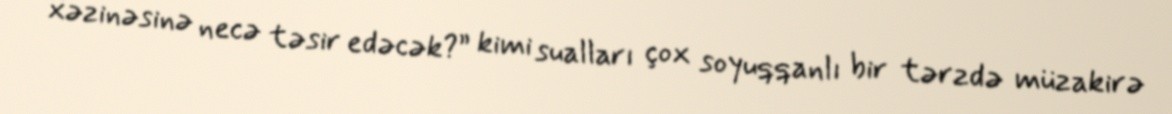
xəzinəsinə necə təsir edəcək?” kimi sualları çox soyuqqanlı bir tərzdə müzakirə